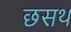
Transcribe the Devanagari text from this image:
छसथ